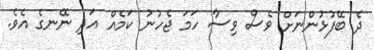
ދެ ބޭފުޅުންނަށް ވެސް ވިސާ ހަމަ ޖެހުނު ކަމެއް އަދި ނޭނގެ އެވެ.